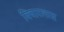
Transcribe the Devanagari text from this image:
विचारलास